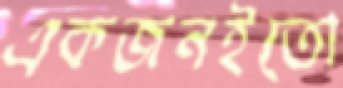
একজনইতো